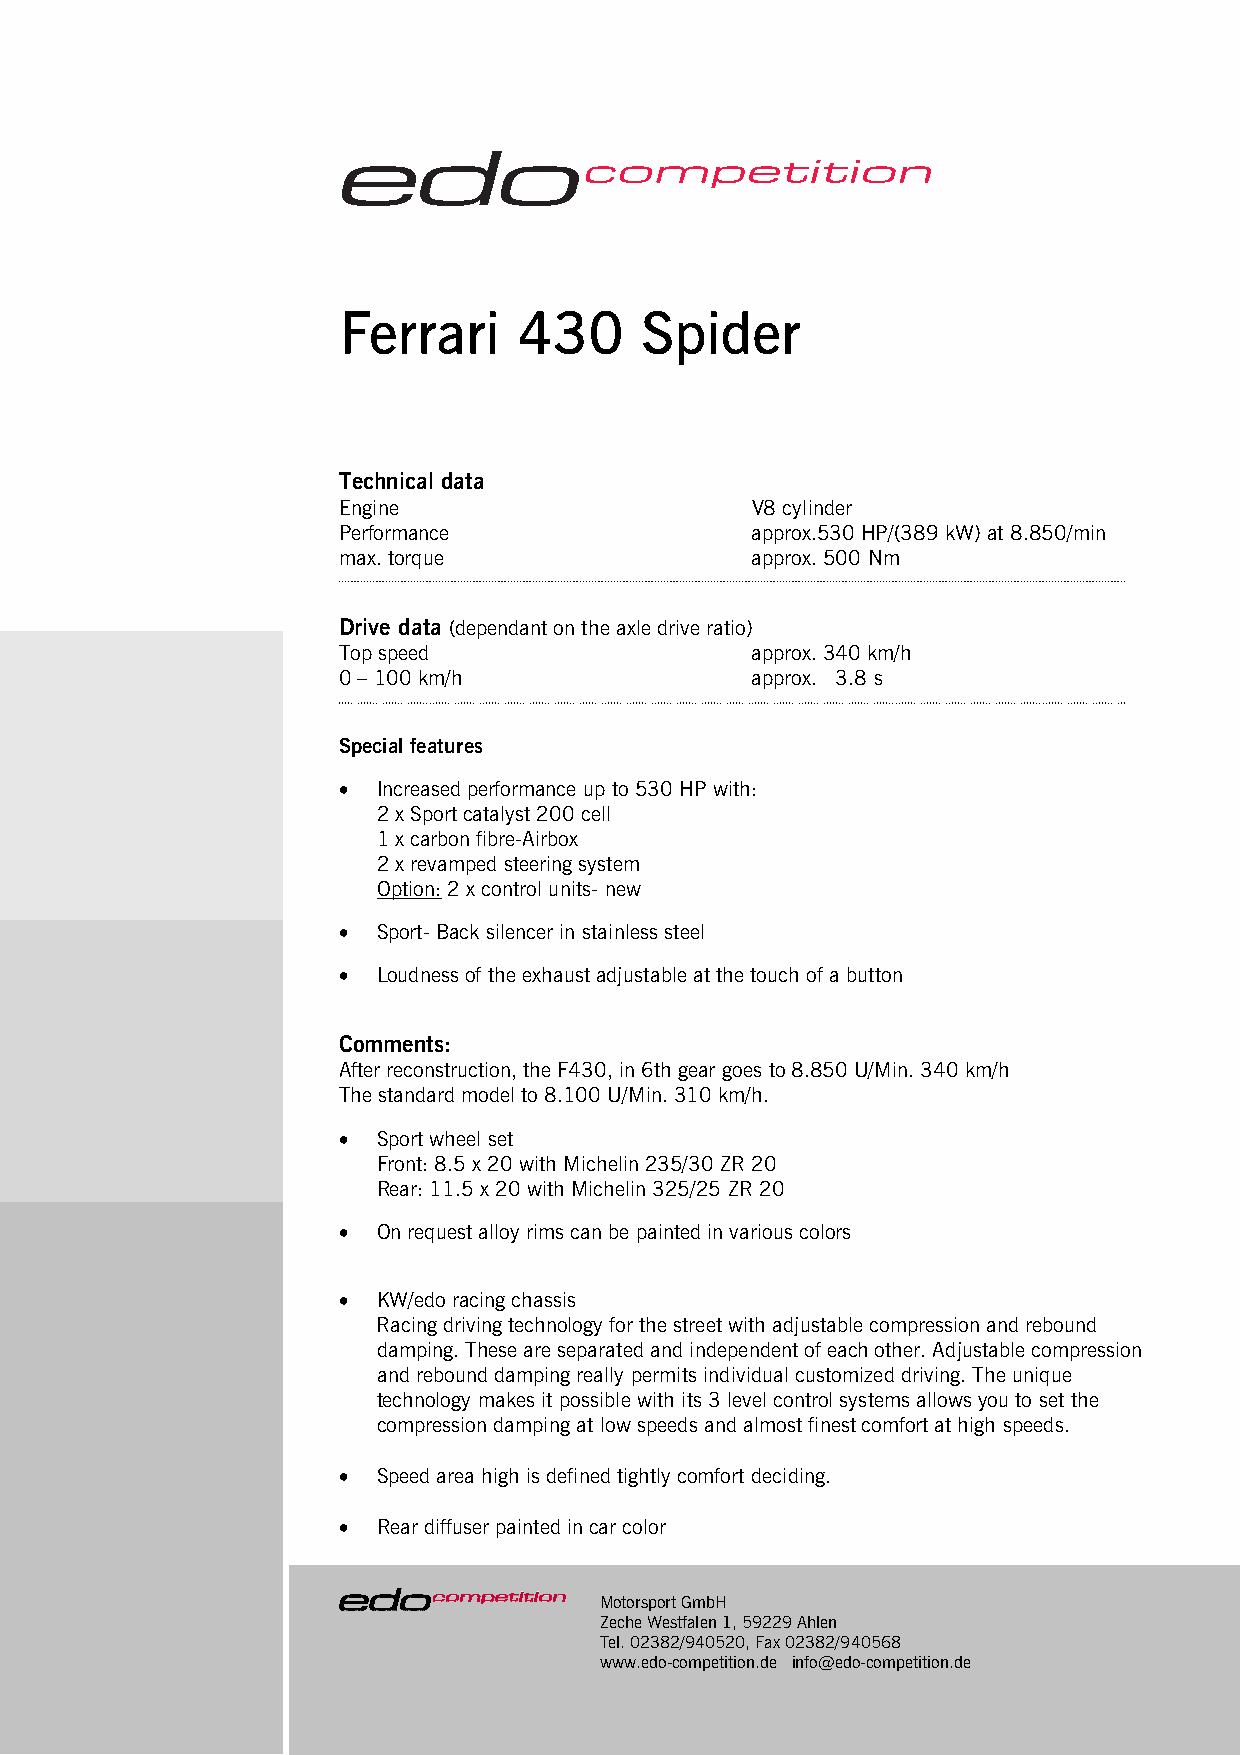
Ferrari     430     Spider
 Technical data
 Engine                      V8 cylinder
 Performance                 approx.530 HP/(389 kW) at 8.850/min
 max. torque                 approx. 500 Nm
 Drive data (dependant on the axle drive ratio)
 Top speed                   approx. 340 km/h
 0 – 100 km/h                approx. 3.8 s
 Special features
 •  Increased performance up to 530 HP with:
 2 x Sport catalyst 200 cell
 1 x carbon fibre-Airbox
 2 x revamped steering system
 Option: 2 x control units- new
 •  Sport- Back silencer in stainless steel
 •  Loudness of the exhaust adjustable at the touch of a button
 Comments:
 After reconstruction, the F430, in 6th gear goes to 8.850 U/Min. 340 km/h
 The standard model to 8.100 U/Min. 310 km/h.
 •  Sport wheel set
 Front: 8.5 x 20 with Michelin 235/30 ZR 20
 Rear: 11.5 x 20 with Michelin 325/25 ZR 20
 •  On request alloy rims can be painted in various colors
 •  KW/edo racing chassis
 Racing driving technology for the street with adjustable compression and rebound
 damping. These are separated and independent of each other. Adjustable compression
 and rebound damping really permits individual customized driving. The unique
 technology makes it possible with its 3 level control systems allows you to set the
 compression damping at low speeds and almost finest comfort at high speeds.
 •  Speed area high is defined tightly comfort deciding.
 •  Rear diffuser painted in car color
 Motorsport GmbH
 Zeche Westfalen 1, 59229 Ahlen
 Tel. 02382/940520, Fax 02382/940568
 www.edo-competition.de info@edo-competition.de